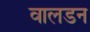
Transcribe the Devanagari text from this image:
वालडन